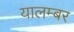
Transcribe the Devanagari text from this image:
यालम्बर